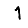
Digit: 1